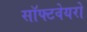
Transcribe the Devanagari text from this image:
सॉफ्टवेयरो